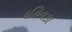
દહિવડા